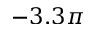
- 3 . 3 \pi